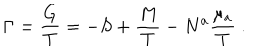
\Gamma = { \frac { G } { T } } = - S + { \frac { M } { T } } - N ^ { a } { \frac { \mu _ { a } } { T } } \ .